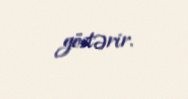
göstərir.